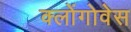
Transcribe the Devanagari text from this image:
क्लोंगोवेस